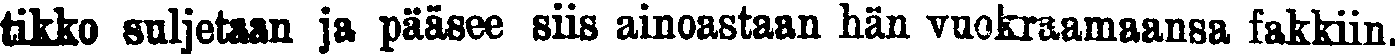
tikko suljetaan ja pääsee siis ainoastaan hän vuokraamaansa fakkiin.